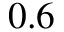
0 . 6